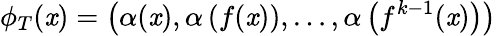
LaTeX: \phi_{T}(\mathit{x})=\left(\alpha(\mathit{x}),\alpha\left(f(\mathit{x})\right),\dots,\alpha\left(f^{k-1}(\mathit{x})\right)\right)